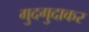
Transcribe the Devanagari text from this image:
गुदगुदाकर